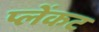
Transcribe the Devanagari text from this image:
प्लेंकट